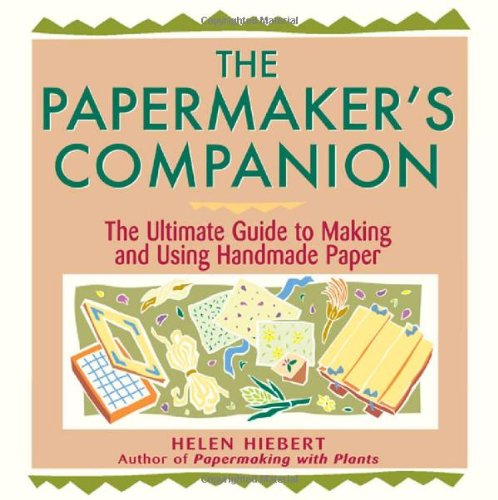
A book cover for The Papermaker's Companion: The Ultimate Guide to Making and Using Handmade Paper; Helen Hiebert; Crafts, Hobbies & Home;